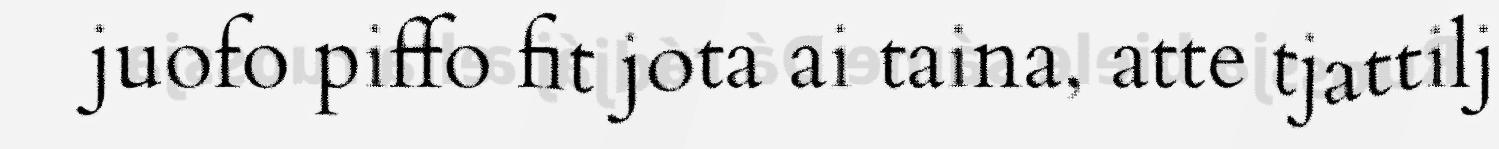
juofo piffo fit jota ai taina, atte tjattilj